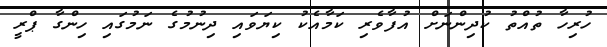
ހުރިހާ ތުއްތު ކުދިންނަށް އުފާވެރި ކަމާއެކު ކިޔަވައި ދިނުމުގެ ނަމުގައި ހިންގާ ޕްރީ